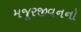
મજૂરજીવનનો